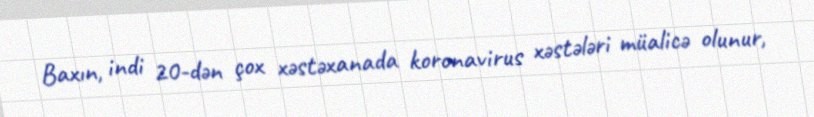
Baxın, indi 20-dən çox xəstəxanada koronavirus xəstələri müalicə olunur,